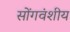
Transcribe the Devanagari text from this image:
सोंगवंशीय